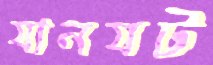
যানযট